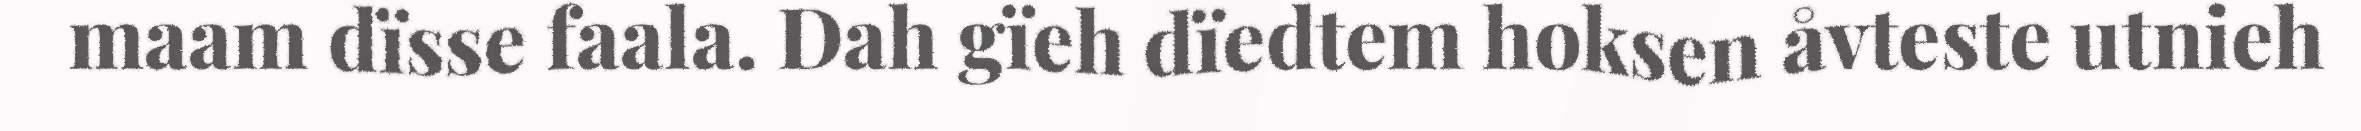
maam dïsse faala. Dah gïeh dïedtem hoksen åvteste utnieh